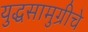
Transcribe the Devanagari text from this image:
युद्धसामुग्रीचे